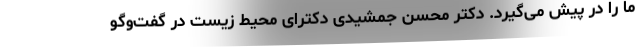
ما را در پیش می‌گیرد. دکتر محسن جمشیدی دکترای محیط زیست در گفت‌وگو